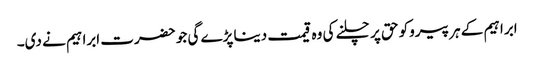
ابراہیم کے ہر پیروکو حق پر چلنے کی وہ قیمت دینا پڑے گی جو حضرت ابراہیم نے دی۔